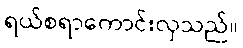
ရယ်စရာကောင်းလှသည်။